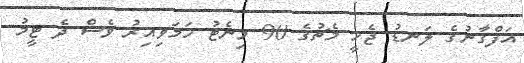
އަފްގާނުގެ ލަނޑު ޖެހީ މެޗުގެ 90 މިނެޓު ހަމަވިއިރު ވެސް ދެ ޓީމު